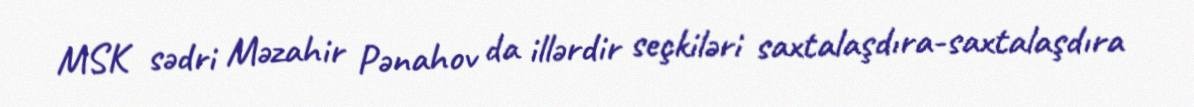
MSK sədri Məzahir Pənahov da illərdir seçkiləri saxtalaşdıra-saxtalaşdıra